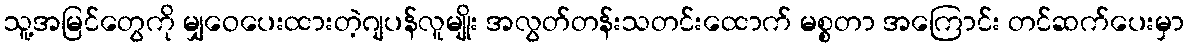
သူ့အမြင်တွေကို မျှဝေပေးထားတဲ့ဂျပန်လူမျိုး အလွတ်တန်းသတင်းထောက် မစ္စတာ အကြောင်း တင်ဆက်ပေးမှာ